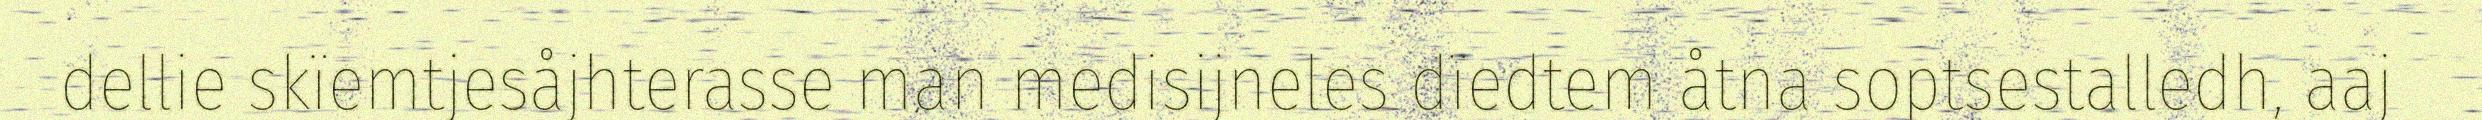
dellie skïemtjesåjhterasse man medisijneles dïedtem åtna soptsestalledh, aaj